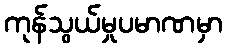
ကုန်သွယ်မှုပမာဏမှာ